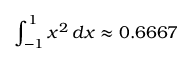
\int _ { - 1 } ^ { 1 } x ^ { 2 } \, d x \approx 0 . 6 6 6 7